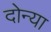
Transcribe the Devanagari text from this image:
दोन्या